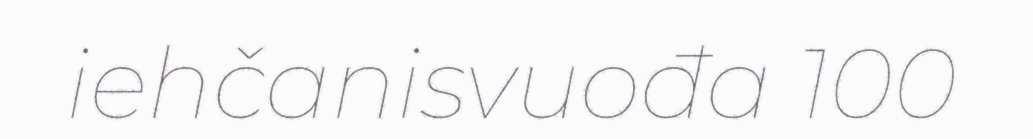
iehčanisvuođa 100